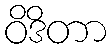
ဝိဒိတာ